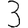
Digit: 3